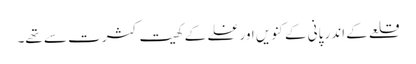
قلعے کے اندر پانی کے کنویں اورغلے کے کھیت کثرت سے تھے۔